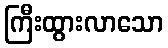
ကြီးထွားလာသော